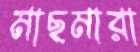
মাছমারা